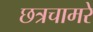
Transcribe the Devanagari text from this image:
छत्रचामरे